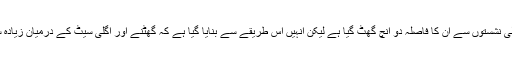
ان کا مزید کہنا تھا کہ اگرچہ اگلی نشستوں سے ان کا فاصلہ دو انچ گھٹ گیا ہے لیکن انہیں اس طریقے سے بنایا گیا ہے کہ گھٹنے اور اگلی سیٹ کے درمیان زیادہ سے زیادہ فاصلہ رکھا جا سکے۔